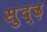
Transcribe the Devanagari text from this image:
सुद्ढ़